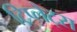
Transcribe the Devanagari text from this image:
ट्रिप्लेट्स